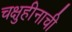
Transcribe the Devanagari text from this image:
चक्षुहीनाची